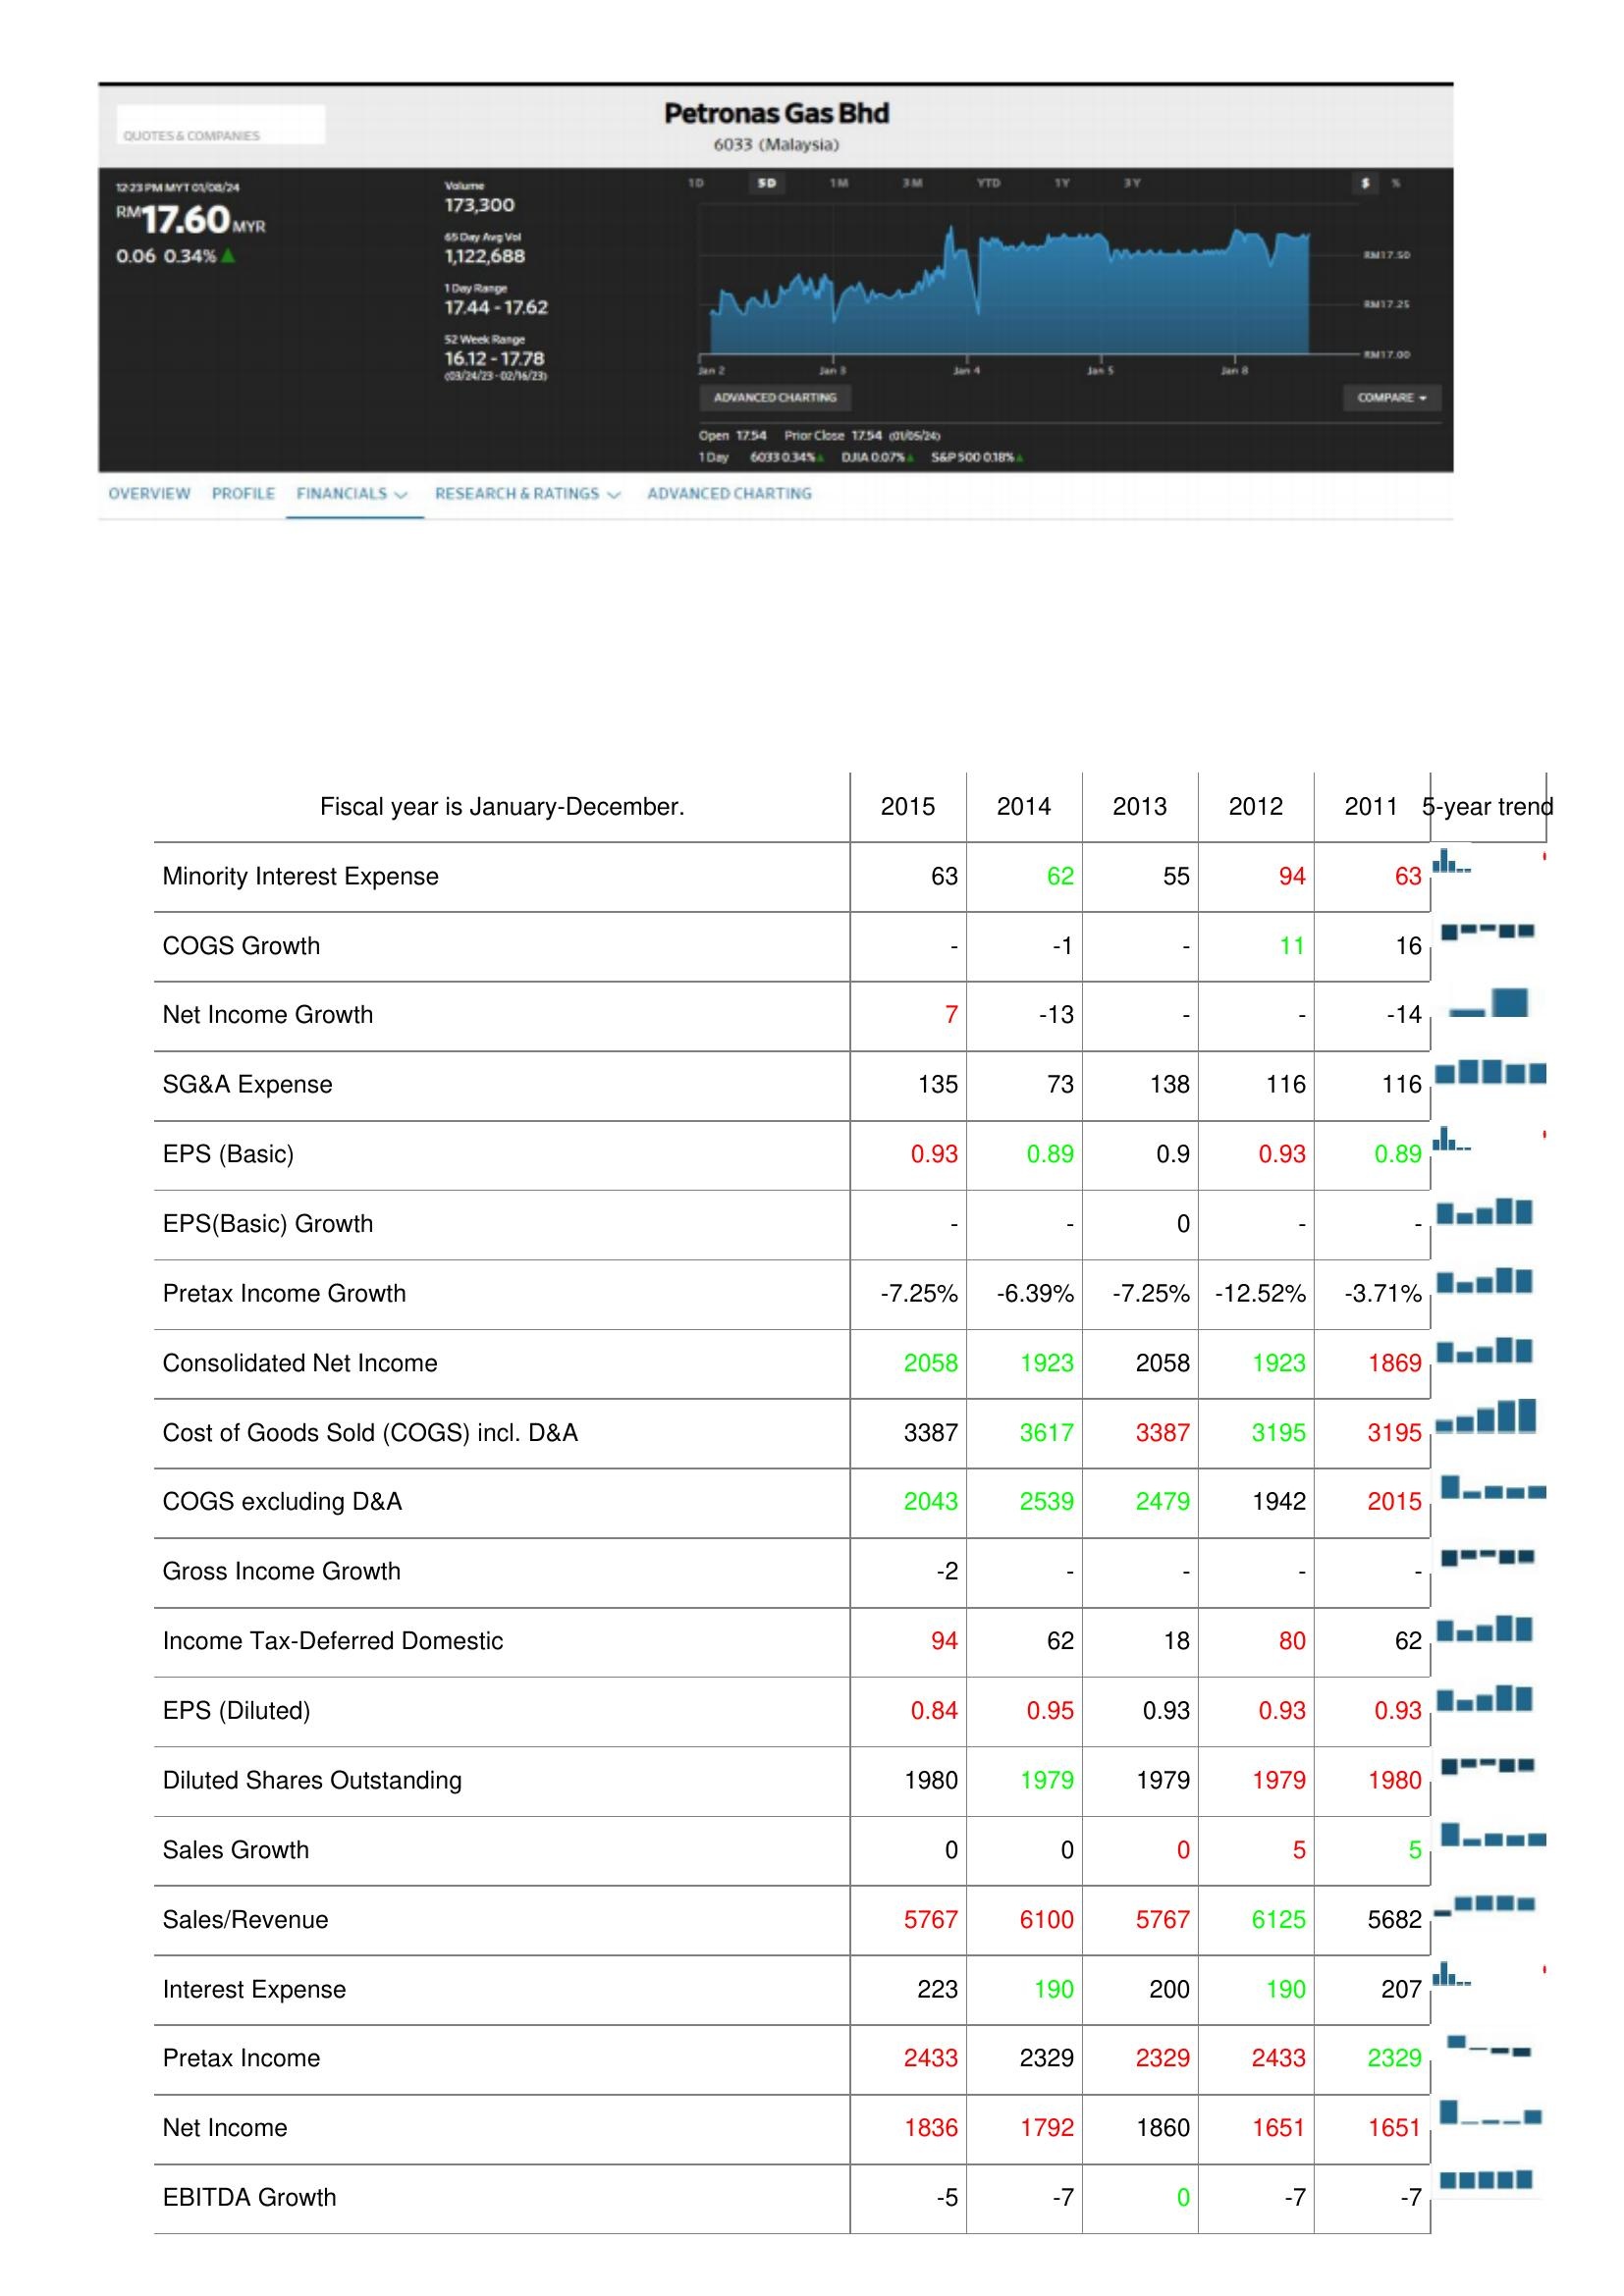
2015: : Minority Interest Expense: 63
COGS Growth: -
Net Income Growth: 7
SG&A Expense: 135
EPS (Basic): 0.93
EPS(Basic) Growth: -
Pretax Income Growth: -7.25%
Consolidated Net Income: 2058
Cost of Goods Sold (COGS) incl. D&A: 3387
COGS excluding D&A: 2043
Gross Income Growth: -2
Income Tax-Deferred Domestic: 94
EPS (Diluted): 0.84
Diluted Shares Outstanding: 1980
Sales Growth: 0
Sales/Revenue: 5767
Interest Expense: 223
Pretax Income: 2433
Net Income: 1836
EBITDA Growth: -5
2014: : Minority Interest Expense: 62
COGS Growth: -1
Net Income Growth: -13
SG&A Expense: 73
EPS (Basic): 0.89
EPS(Basic) Growth: -
Pretax Income Growth: -6.39%
Consolidated Net Income: 1923
Cost of Goods Sold (COGS) incl. D&A: 3617
COGS excluding D&A: 2539
Gross Income Growth: -
Income Tax-Deferred Domestic: 62
EPS (Diluted): 0.95
Diluted Shares Outstanding: 1979
Sales Growth: 0
Sales/Revenue: 6100
Interest Expense: 190
Pretax Income: 2329
Net Income: 1792
EBITDA Growth: -7
2013: : Minority Interest Expense: 55
COGS Growth: -
Net Income Growth: -
SG&A Expense: 138
EPS (Basic): 0.9
EPS(Basic) Growth: 0
Pretax Income Growth: -7.25%
Consolidated Net Income: 2058
Cost of Goods Sold (COGS) incl. D&A: 3387
COGS excluding D&A: 2479
Gross Income Growth: -
Income Tax-Deferred Domestic: 18
EPS (Diluted): 0.93
Diluted Shares Outstanding: 1979
Sales Growth: 0
Sales/Revenue: 5767
Interest Expense: 200
Pretax Income: 2329
Net Income: 1860
EBITDA Growth: 0
2012: : Minority Interest Expense: 94
COGS Growth: 11
Net Income Growth: -
SG&A Expense: 116
EPS (Basic): 0.93
EPS(Basic) Growth: -
Pretax Income Growth: -12.52%
Consolidated Net Income: 1923
Cost of Goods Sold (COGS) incl. D&A: 3195
COGS excluding D&A: 1942
Gross Income Growth: -
Income Tax-Deferred Domestic: 80
EPS (Diluted): 0.93
Diluted Shares Outstanding: 1979
Sales Growth: 5
Sales/Revenue: 6125
Interest Expense: 190
Pretax Income: 2433
Net Income: 1651
EBITDA Growth: -7
2011: : Minority Interest Expense: 63
COGS Growth: 16
Net Income Growth: -14
SG&A Expense: 116
EPS (Basic): 0.89
EPS(Basic) Growth: -
Pretax Income Growth: -3.71%
Consolidated Net Income: 1869
Cost of Goods Sold (COGS) incl. D&A: 3195
COGS excluding D&A: 2015
Gross Income Growth: -
Income Tax-Deferred Domestic: 62
EPS (Diluted): 0.93
Diluted Shares Outstanding: 1980
Sales Growth: 5
Sales/Revenue: 5682
Interest Expense: 207
Pretax Income: 2329
Net Income: 1651
EBITDA Growth: -7